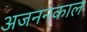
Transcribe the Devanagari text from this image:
अजननकाल